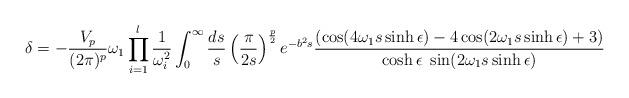
LaTeX: \begin{align*}\delta=-\frac{V_p}{(2\pi)^p}\omega_1\prod_{i=1}^{l}\frac{1}{\omega_i^2} \int_0^{\infty} \frac{ds}{s}\left ( \frac{\pi}{2s} \right )^{\frac{p}{2}} e^{-b^2s}\frac{(\cos(4\omega_1s\sinh\epsilon) - 4\cos(2\omega_1s\sinh\epsilon) + 3)} {\cosh\epsilon~\sin(2\omega_1s\sinh\epsilon)}\end{align*}